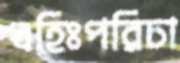
বহিঃপরিচা